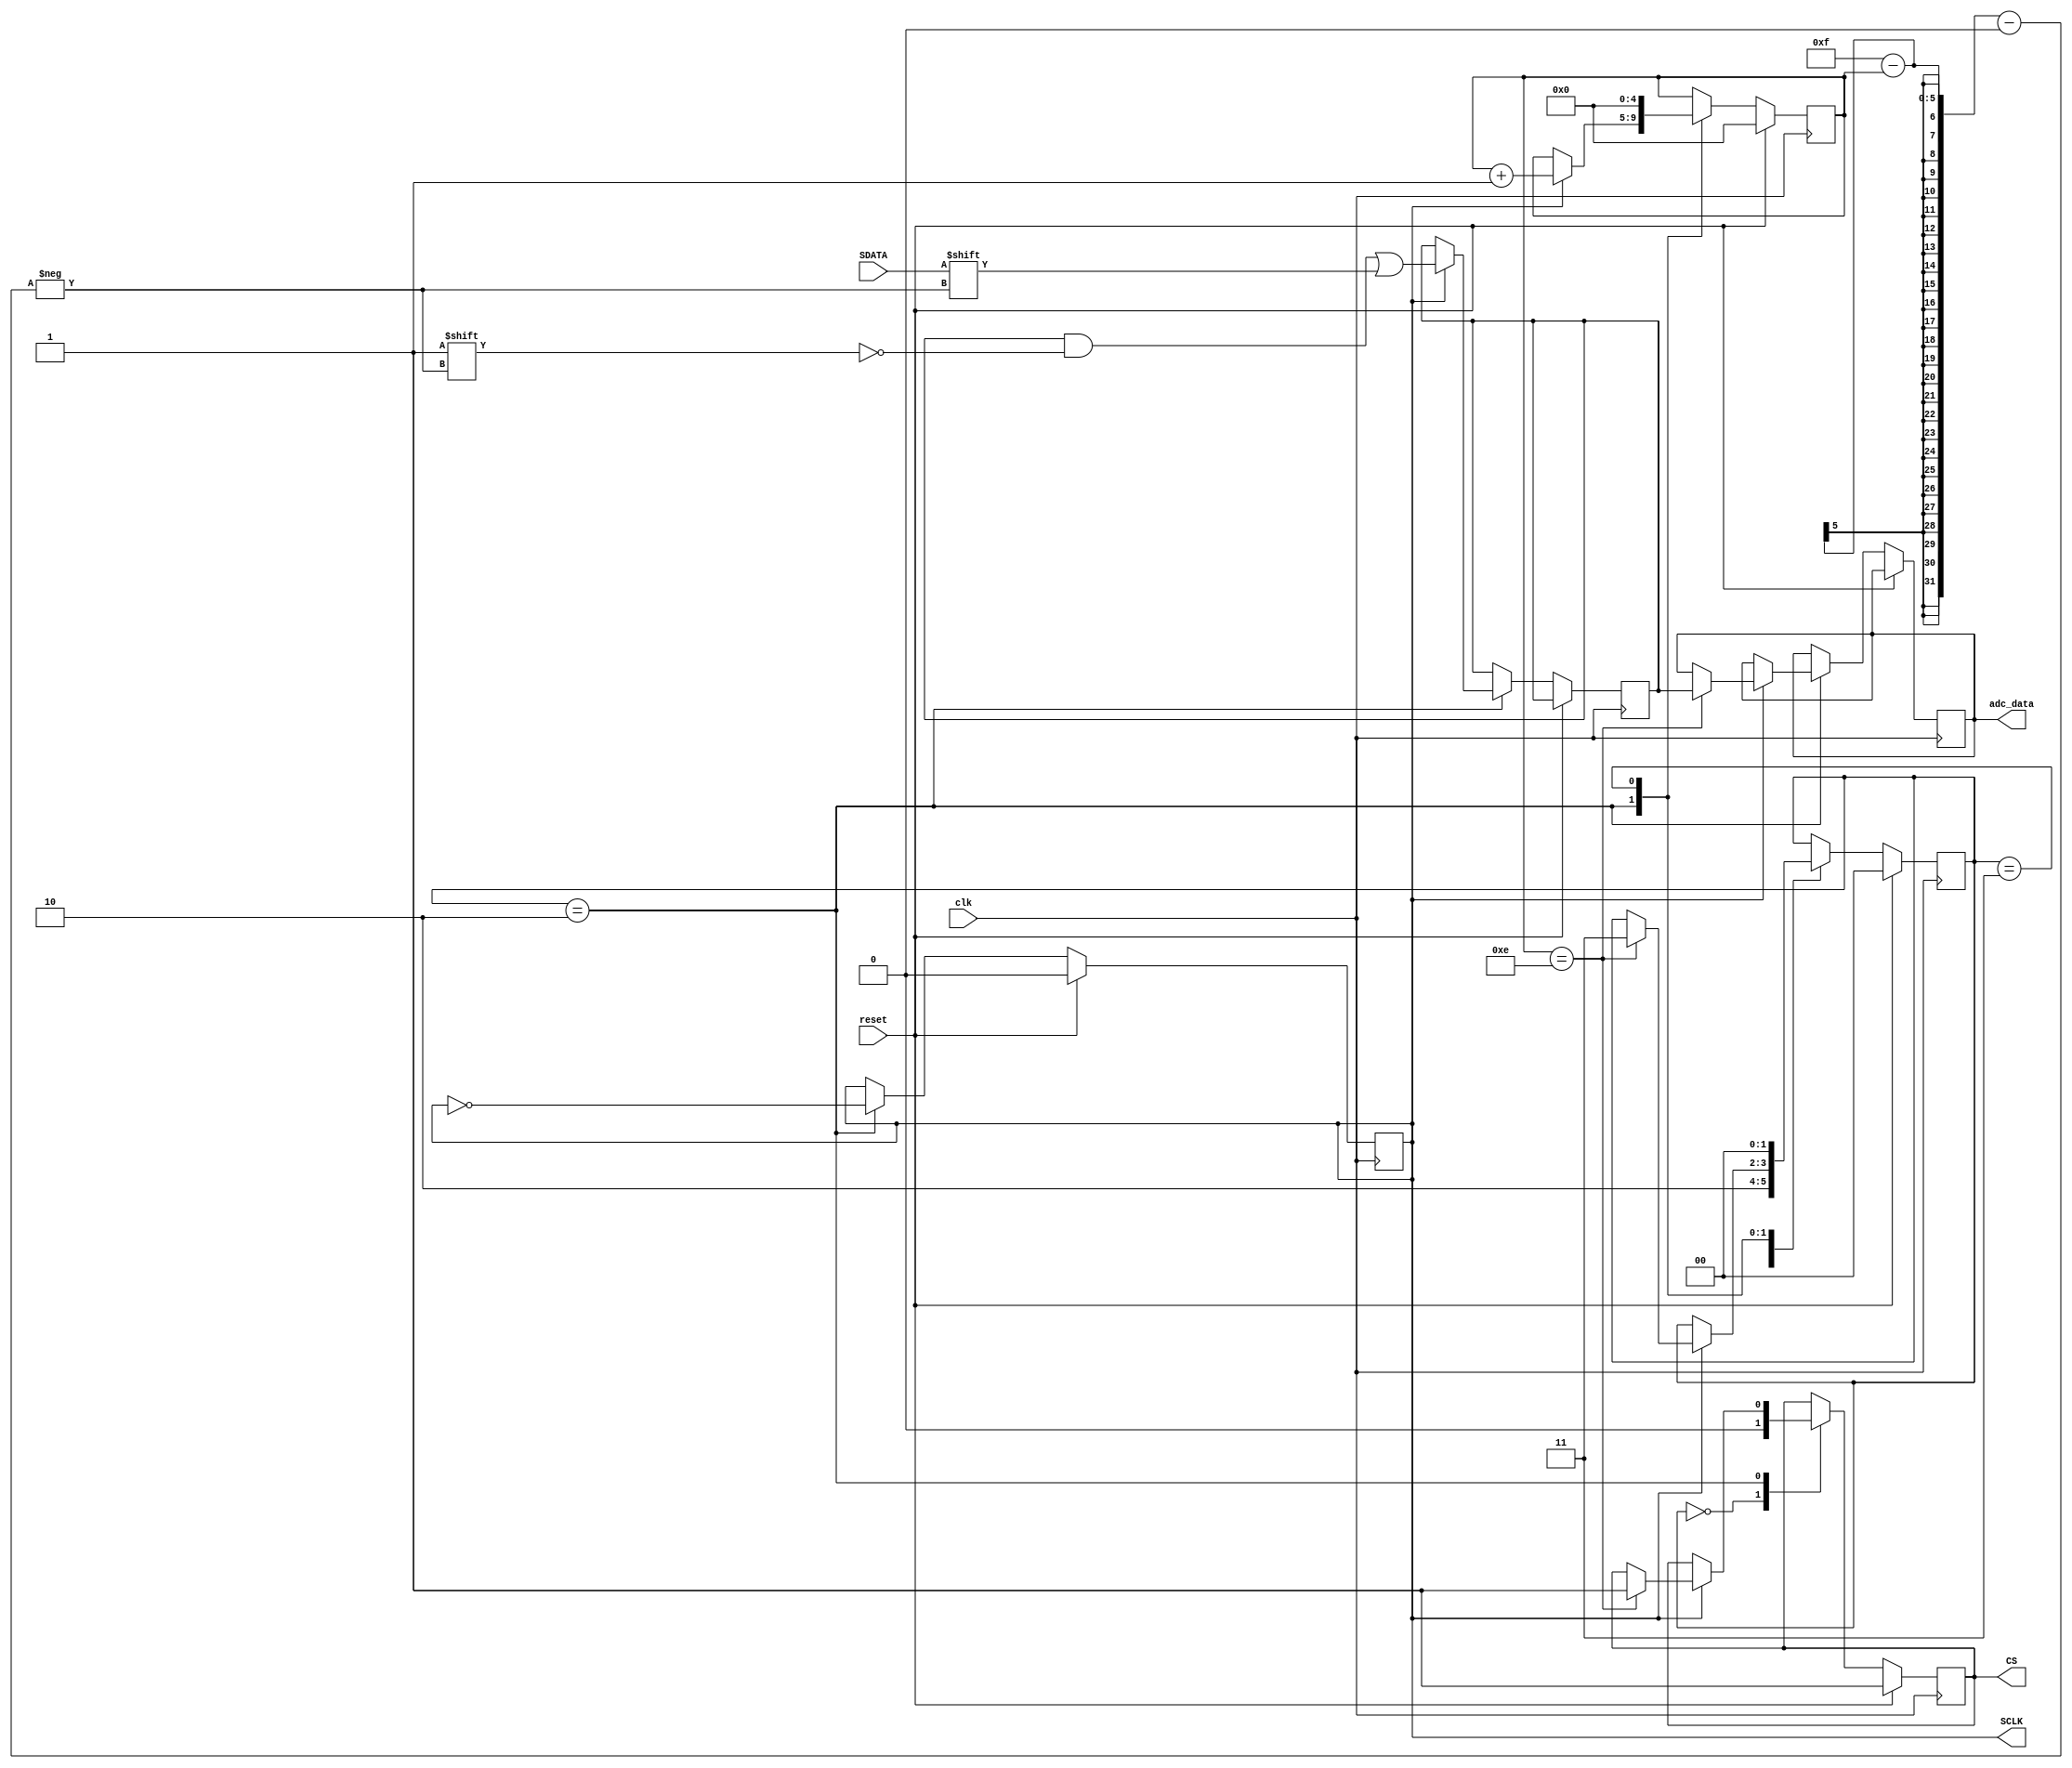
module ADC121S101 (
    input wire clk,                // System clock
    input wire reset,              // Reset signal
	 output reg [15:0] adc_data,    // New data input for updating the ADC
    output reg SCLK,               // Serial Clock for ADC
    input wire SDATA,              // Serial Data Output from ADC
    output reg CS                  // Chip Select for ADC
);

reg [15:0] data_in = 0;  // 
reg [4:0] bit_index = 0; // ADC121S101 is 12-bit + 3 leading bits

// State machine for SPI
reg [1:0] state = 0;
parameter IDLE = 0, LOAD = 1, READ_BIT = 2, WAIT = 3;

always @(posedge clk) begin
    if (reset) begin
        // Reset logic
        SCLK <= 0;
        CS <= 1;
        state <= IDLE;
        bit_index <= 0;
    end else begin
        case (state)
            IDLE: begin
				  CS <= 0; // Activate ADC
				  state <= READ_BIT;

            end
            READ_BIT: begin
				  SCLK <= ~SCLK;
				  if (SCLK == 1) begin
						data_in[15 - bit_index] <= SDATA;
						bit_index <= bit_index + 1;
						if (bit_index == 14) begin
							 state <= WAIT;
							 CS <= 1; // Deactivate ADC
							 adc_data <= data_in; // Load new data
						end
					end
            end
            WAIT: begin
                // Wait state or additional logic
                state <= IDLE; // Return to IDLE to accept new data
                bit_index <= 0;
            end
        endcase
    end
end

endmodule

/*
 * U13 74HC405 ADC121S101 input selector driver
 *
 */

module ADC121S101_input_selector(output en, 
										output s0,
										output s1,
										output s2);
										
	assign en = 0;
	assign s0 = 0;
	assign s1 = 0;
	assign s2 = 0;
										
endmodule